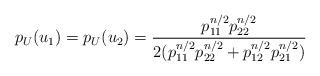
LaTeX: \begin{align*}&p_U(u_1)=p_U(u_2)=\frac{p_{11}^{n/2}p_{22}^{n/2}}{2(p_{11}^{n/2}p_{22}^{n/2}+p_{12}^{n/2}p_{21}^{n/2})}\end{align*}